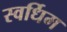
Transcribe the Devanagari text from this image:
स्वर्धिम